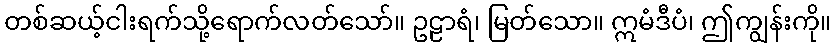
တစ်ဆယ့်ငါးရက်သို့ရောက်လတ်သော်။ ဥဠာရံ၊ မြတ်သော။ ဣမံဒီပံ၊ ဤကျွန်းကို။